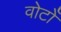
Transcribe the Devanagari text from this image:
वोटोँ